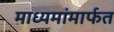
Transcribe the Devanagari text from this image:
माध्यमांमार्फत